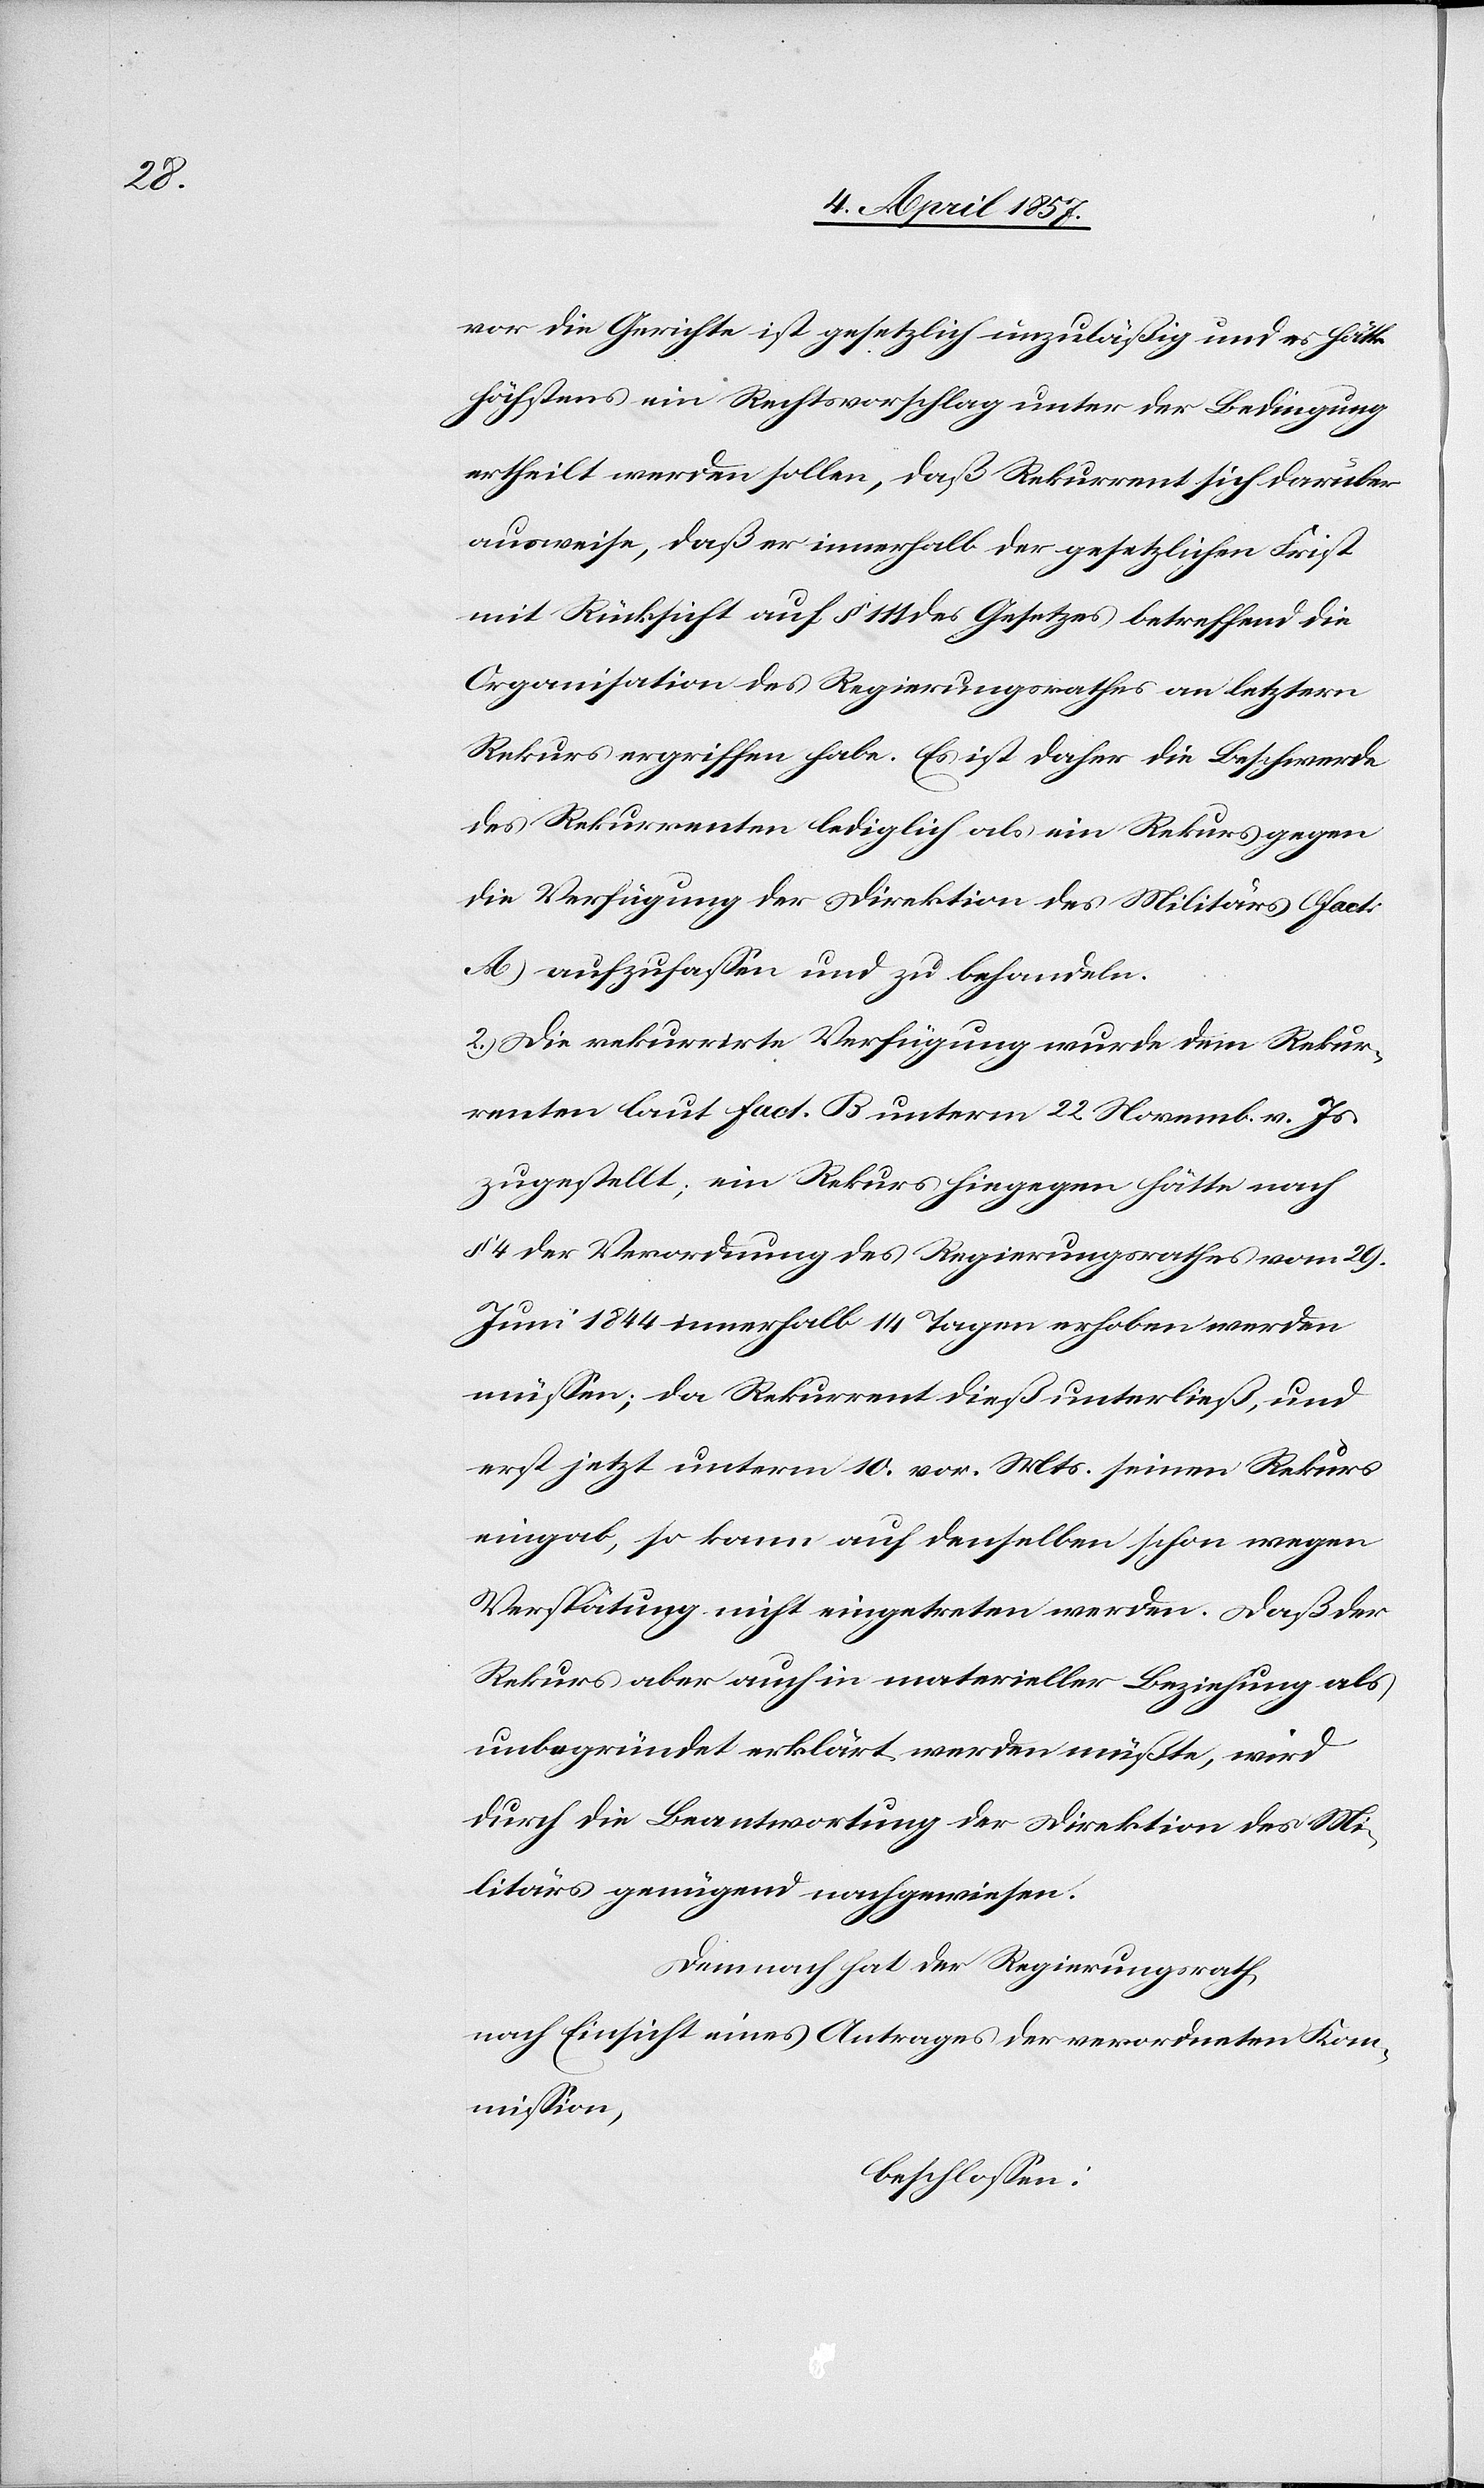
vor die Gerichte ist gesetzlich unzuläßig und es hätte
höchstens ein Rechtsvorschlag unter der Bedingung
ertheilt werden sollen, daß Rekurrent sich darüber
ausweise, daß er innerhalb der gesetzlichen Frist
mit Rücksicht auf § 111 des Gesetzes betreffend die
Organisation des Regierungsrathes an letztern
Rekurs ergriffen habe. Es ist daher die Beschwerde
des Rekurrenten lediglich als ein Rekurs gegen
die Verfügung der Direktion des Militärs (fact
A) aufzufassen und zu behandeln.
2.) Die rekurrirte Verfügung wurde dem Rekur¬
renten laut fact. B unterm 22. Novemb. v. Js.
zugestellt; ein Rekurs hiegegen hätte nach
§ 4 der Verordnung des Regierungsrathes vom 29.
Juni 1844 innerhalb 14 Tagen erhoben werden
müssen; da Rekurrent dieß unterließ, und
erst jetzt unterm 10. vor. Mts. seinen Rekurs
eingab, so kann auf denselben schon wegen
Verspätung nicht eingetreten werden. Daß der
Rekurs aber auch in materieller Beziehung als
unbegründet erklärt werden müßte, wird
durch die Beantwortung der Direktion des Mi¬
litärs genügend nachgewiesen.
Demnach hat der Regierungsrath
nach Einsicht eines Antrages der verordneten Kom¬
mission,
beschlossen: